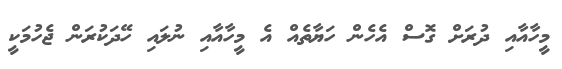
މީހާއާއި ދުރަށް ގޮސް އެހެން ހަޔާތެއް އެ މީހާއާއި ނުލައި ހޭދަކުރަން ޖެހުމަކީ